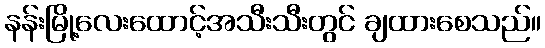
နန်းမြို့လေးထောင့်အသီးသီးတွင် ချထားစေသည်။